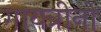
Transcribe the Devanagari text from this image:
गायत्रीनो